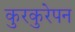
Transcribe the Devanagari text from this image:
कुरकुरेपन